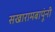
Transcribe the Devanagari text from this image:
सखारामबापूंनी